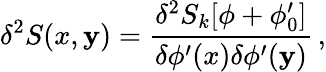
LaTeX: \delta^{2}S(x,\mathbf{y})=\frac{{\delta^{2}S_{k}[\phi+\phi_{0}^{\prime}]}}{{\delta\phi^{\prime}(x)\delta\phi^{\prime}(\mathbf{y})}}\, ,